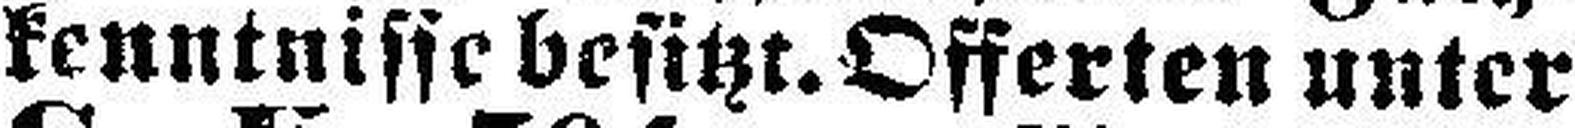
kenntnisse besitzt. Offerten unter